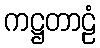
ကဋ္ဌတာဠံ